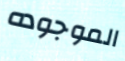
الموجوده